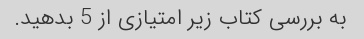
به بررسی کتاب زیر امتیازی از 5 بدهید.